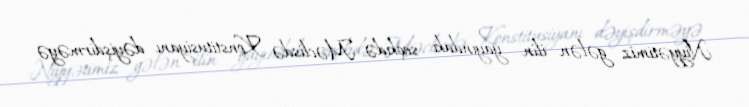
Niyyətimiz gələn ilin yayındakı seçkidə Məclisdə Konstitusiyanı dəyişdirməyə